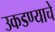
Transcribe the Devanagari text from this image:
उकडण्याचे